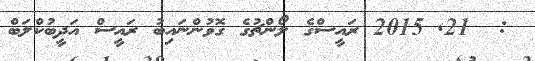
:  21